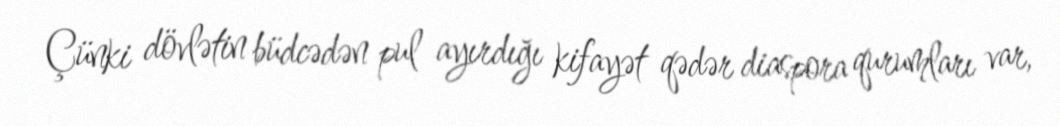
Çünki dövlətin büdcədən pul ayırdığı kifayət qədər diaspora qurumları var,